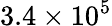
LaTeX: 3.4\times 10^{5}